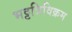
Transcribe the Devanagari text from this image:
भट्टत्रिविक्रम